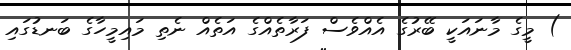
) މީގެ މާނައަކީ ބޭރުގެ އެއްވެސް ފަރާތެއްގެ އަތެއް ނެތި މައިމީހާގެ ބަނޑުގައި